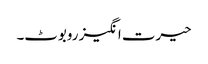
حیرت انگیز روبوٹ۔